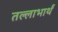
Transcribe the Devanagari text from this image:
तल्लाभार्थं